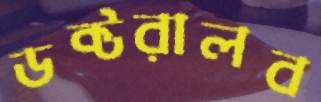
ডক্টরালব